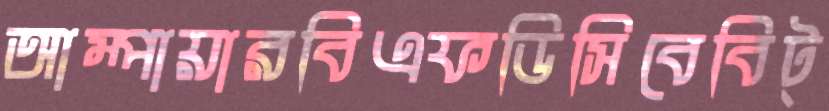
আম্পায়ারবিএফডিসিবেবিট্